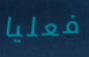
فعليا